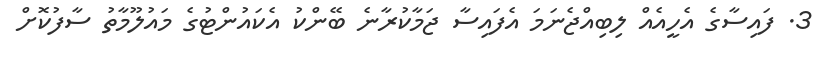
3. ފައިސާގެ އެހީއެއް ލިބިއްޖެނަމަ އެފައިސާ ޖަމާކުރާނެ ބޭންކު އެކައުންޓުގެ މައުލޫމާތު ސާފުކޮށް